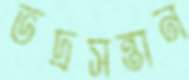
ভদ্রসন্তান